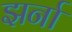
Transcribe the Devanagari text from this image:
झर्ना